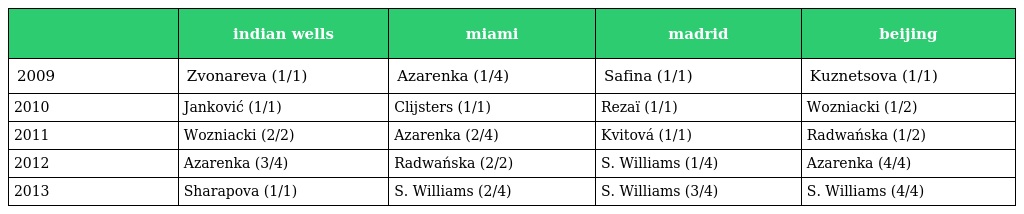
|  | indian wells | miami | madrid | beijing |
 | --- | --- | --- | --- | --- |
 | 2009 | Zvonareva (1/1) | Azarenka (1/4) | Safina (1/1) | Kuznetsova (1/1) |
 | 2010 | Janković (1/1) | Clijsters (1/1) | Rezaï (1/1) | Wozniacki (1/2) |
 | 2011 | Wozniacki (2/2) | Azarenka (2/4) | Kvitová (1/1) | Radwańska (1/2) |
 | 2012 | Azarenka (3/4) | Radwańska (2/2) | S. Williams (1/4) | Azarenka (4/4) |
 | 2013 | Sharapova (1/1) | S. Williams (2/4) | S. Williams (3/4) | S. Williams (4/4) |